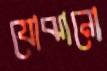
যোঝানো